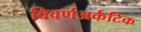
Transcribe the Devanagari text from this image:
विवर्णअर्कटिक